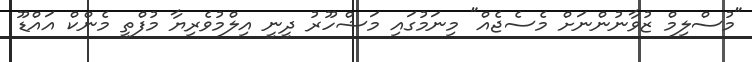
"މުސްލިމް ޒުވާނުންނަށް މެސެޖެއް" މިނަމުގައި މަޝްހޫރު ދީނީ އިލްމުވެރިޔާ މުފްތީ މެންކް އައްޑޫ